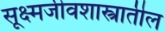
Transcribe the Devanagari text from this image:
सूक्ष्मजीवशास्त्रातील